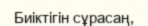
Биіктігін сұрасаң,